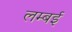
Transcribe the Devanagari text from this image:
लम्बई